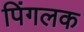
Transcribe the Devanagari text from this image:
पिंगलक